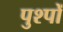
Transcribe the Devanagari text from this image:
पुश्पों